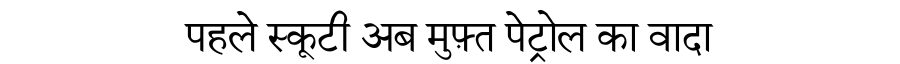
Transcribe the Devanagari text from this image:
पहले स्कूटी अब मुफ़्त पेट्रोल का वादा